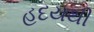
હદયથી